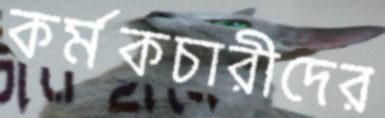
কর্মকচারীদের